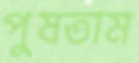
পুষতাম